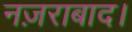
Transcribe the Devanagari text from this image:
नज़राबाद।